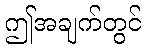
ဤအချက်တွင်